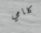
كلامي